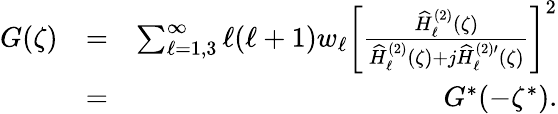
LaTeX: \begin{array}{rlr}{G(\zeta)}&{=}&{\sum_{\ell=1,3}^{\infty}\ell(\ell+1)w_{\ell}\left[\frac{\widehat{H}_{\ell}^{(2)}(\zeta)}{\widehat{H}_{\ell}^{(2)}(\zeta)+j\widehat{H}_{\ell}^{(2)\prime}(\zeta)}\right]^{2}}\\ &{=}&{G^{*}(-\zeta^{*}).}\end{array}